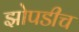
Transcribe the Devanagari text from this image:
झोपडीच